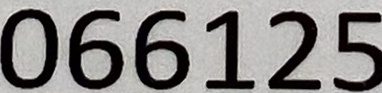
066125